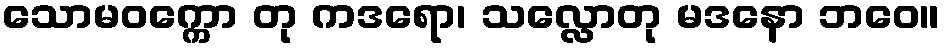
သောမဝက္ကော တု ကဒရော၊ သလ္လောတု မဒနော ဘဝေ။